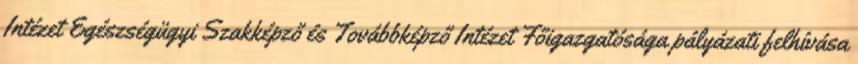
Intézet Egészségügyi Szakképző és Továbbképző Intézet Főigazgatósága pályázati felhívása